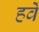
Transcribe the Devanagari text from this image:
हर्वे